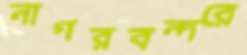
নাগরবন্দরে